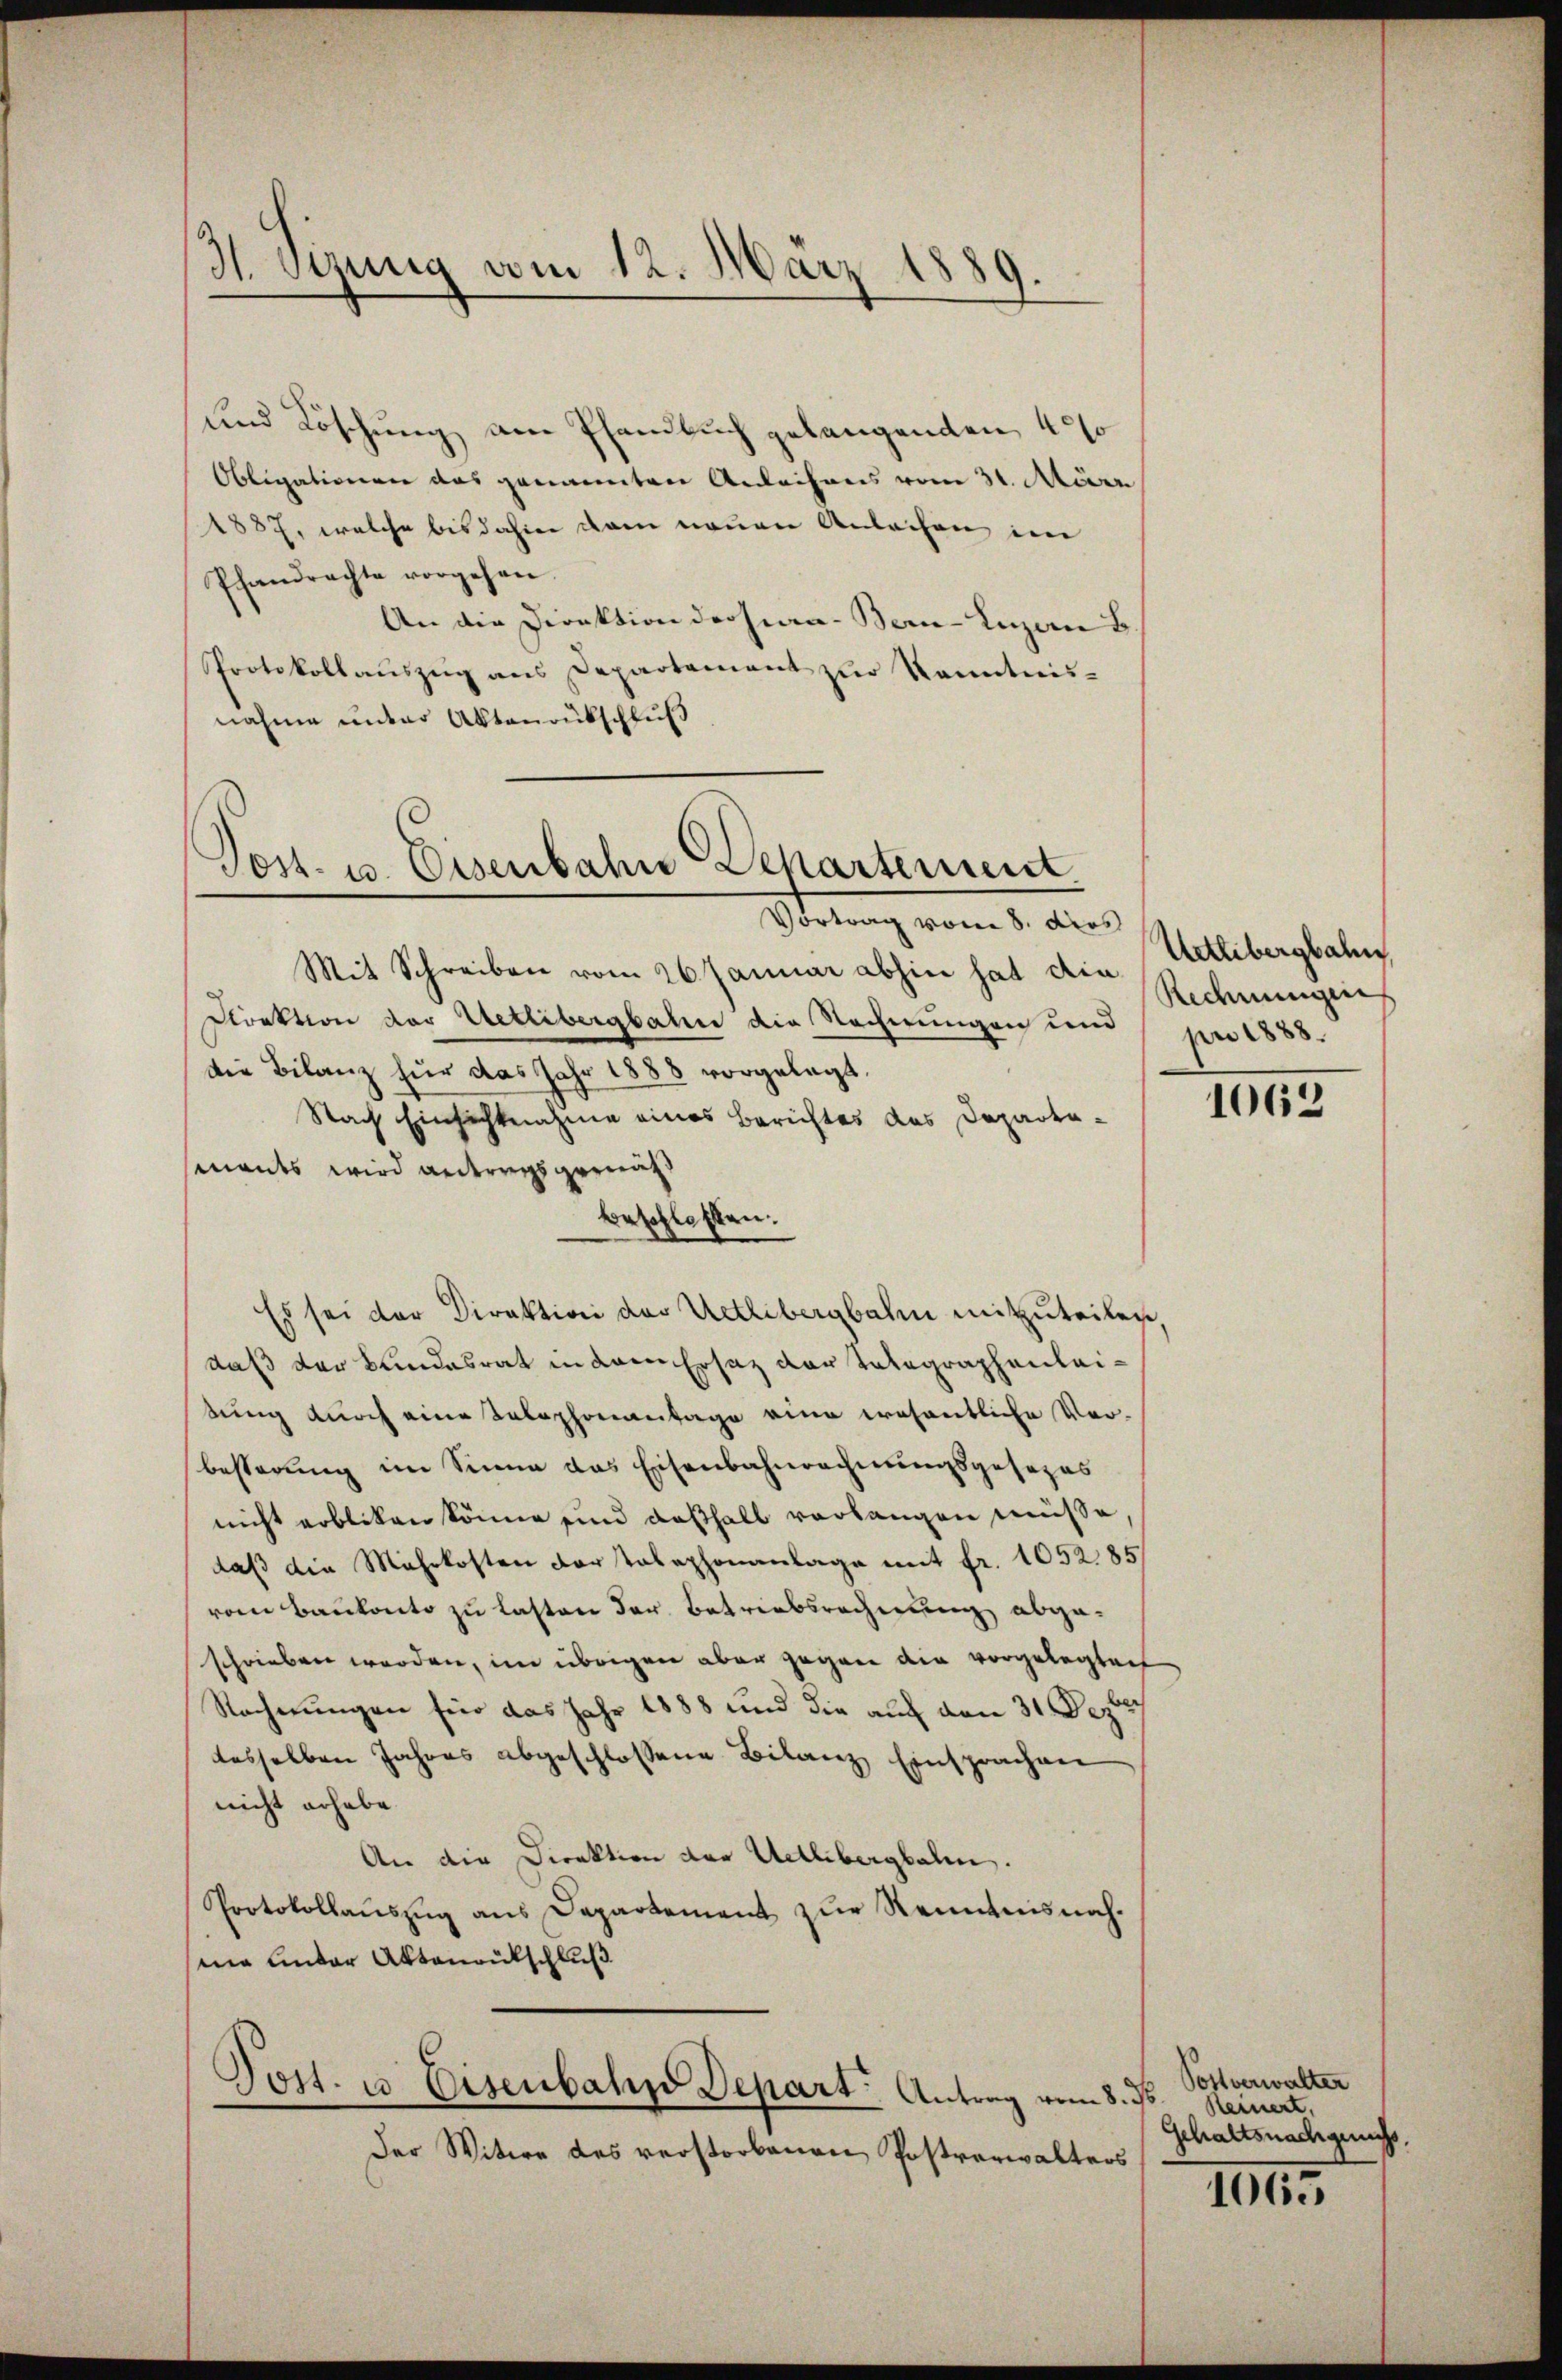
H. Syzung vom 12. März 1889.

und Löschung am Pfandbuch gelangenden 40 so
Obligationen das genannten Anleihens vom 31. März
1887, welche bisdahin dann neuen Anleihen im
Pfandrachte vorgehen.
An die Direktion dersen- Bern-Luzern B
Protokollaŭszŭg ans Departement zŭr Kenntnis-
nahme unter Aktenrütschluß

Post. u. Eisenbahn Departement
Vortrag vom 8. dies

Mit Schreiben vom 26. Januar abhin hat die
Direktion der Uetlibergbahn die Rechnungen und
die Bilanz für das Jahr 1888 vorgelegt.
Nach Einsichtnahme eines Berichtes des Departamants wird antragsgerungs
beschlossen.
Es sei der Direktion der Uetlibergbahn mitzuteilen,
daß der Bundesrat in dem Ersatz der Telegraphenleitung durch eine Telephonantage eine wesentliche Verbesserung im Sinne das Eisenbahnrechnungsgesezes
nicht erblicken könne und deßhalb verlangen müsse
daß die Mehrkosten der Telephonanlage mit fr. 1052.85/
vom Baukonto zu lasten der Betriebsrechnung abgeschrieben werden, im übrigen aber gegen die vorgelegtech
Recherungen für das Jahr 1888 und die auf den 31. Dezbr
tesselben Jahres abgeschlossene Bilanz Einsprachen
nicht erhabe
An die Direktion der Uetlibergbalen.
Protokollaŭszŭg ans Departement zŭr Renntnisnah-
nie unter Aktenrutschluß

Post. u. Eisenbahn Depart. Antrag vom 8. ds

Der Witwe des verstorbenen Postverwalters

Uetlibergbahn
Redeningen
pr 1888.

1062

Postverwalter
Reinert,
Gehaltsnachges.

III